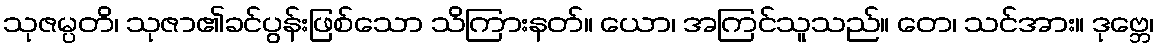
သုဇမ္ပတိ၊ သုဇာ၏ခင်ပွန်းဖြစ်သော သိကြားနတ်။ ယော၊ အကြင်သူသည်။ တေ၊ သင်အား။ ဒုဗ္ဘေ၊